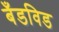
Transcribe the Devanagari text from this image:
बँडविड